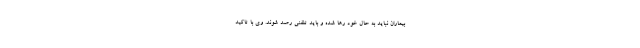
بیماران نباید به حال خود رها شده و باید تلفنی رصد شوند. وی با تاکید